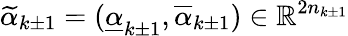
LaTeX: \widetilde\alpha_{k\pm 1}=(\underline{{\alpha}}_{k\pm 1},\overline{{\alpha}}_{k\pm 1})\in\mathbb{R}^{2n_{k\pm 1}}